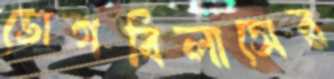
ভোগবিলাসের